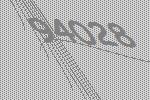
94028